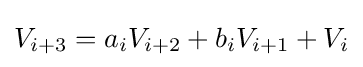
V_{i+3}=a_{i}V_{i+2}+b_{i}V_{i+1}+V_{i}